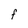
Character: F